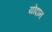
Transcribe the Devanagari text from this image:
योदान